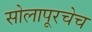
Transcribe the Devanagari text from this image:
सोलापूरचेच